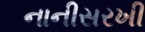
નાનીસરખી